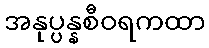
အနုပ္ပန္နစီဝရကထာ